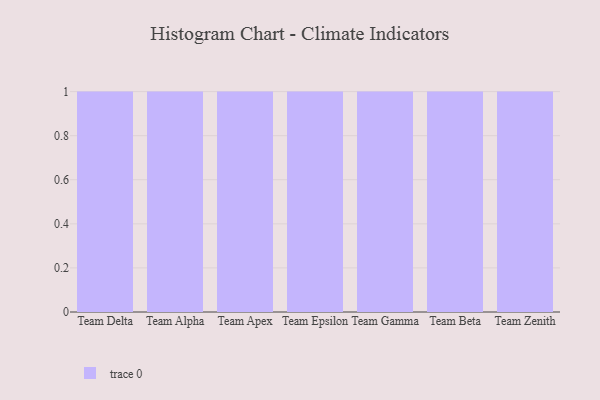
{"axis": {"x": "Team", "y": "Bounce Rate (%)"}, "legend": [""], "data": [{"x": "Team Delta", "y": 3, "type": ""}, {"x": "Team Alpha", "y": 4, "type": ""}, {"x": "Team Apex", "y": 39, "type": ""}, {"x": "Team Epsilon", "y": 96, "type": ""}, {"x": "Team Gamma", "y": 94, "type": ""}, {"x": "Team Beta", "y": 58, "type": ""}, {"x": "Team Zenith", "y": 25, "type": ""}]}